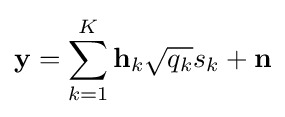
\mathbf {y} =\sum _{k=1}^{K}\mathbf {h} _{k}{\sqrt {q_{k}}}s_{k}+\mathbf {n}